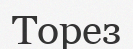
Торез